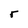
Character: r